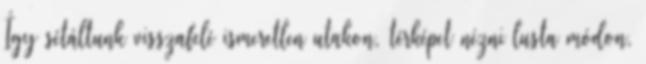
Így sétáltunk visszafelé ismeretlen utakon, térképet nézni lusta módon,